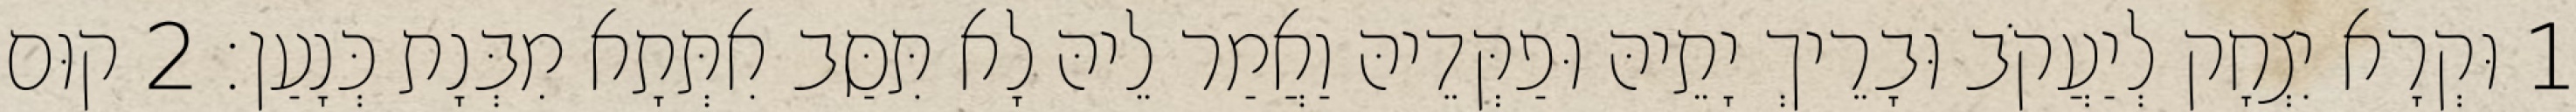
1 וּקְרָא יִצְחָק לְיַעֲקֹב וּבָרֵיךְ יָתֵיהּ וּפַקְּדֵיהּ וַאֲמַר לֵיהּ לָא תִּסַּב אִתְּתָא מִבְּנָת כְּנָעַן׃ 2 קוּם